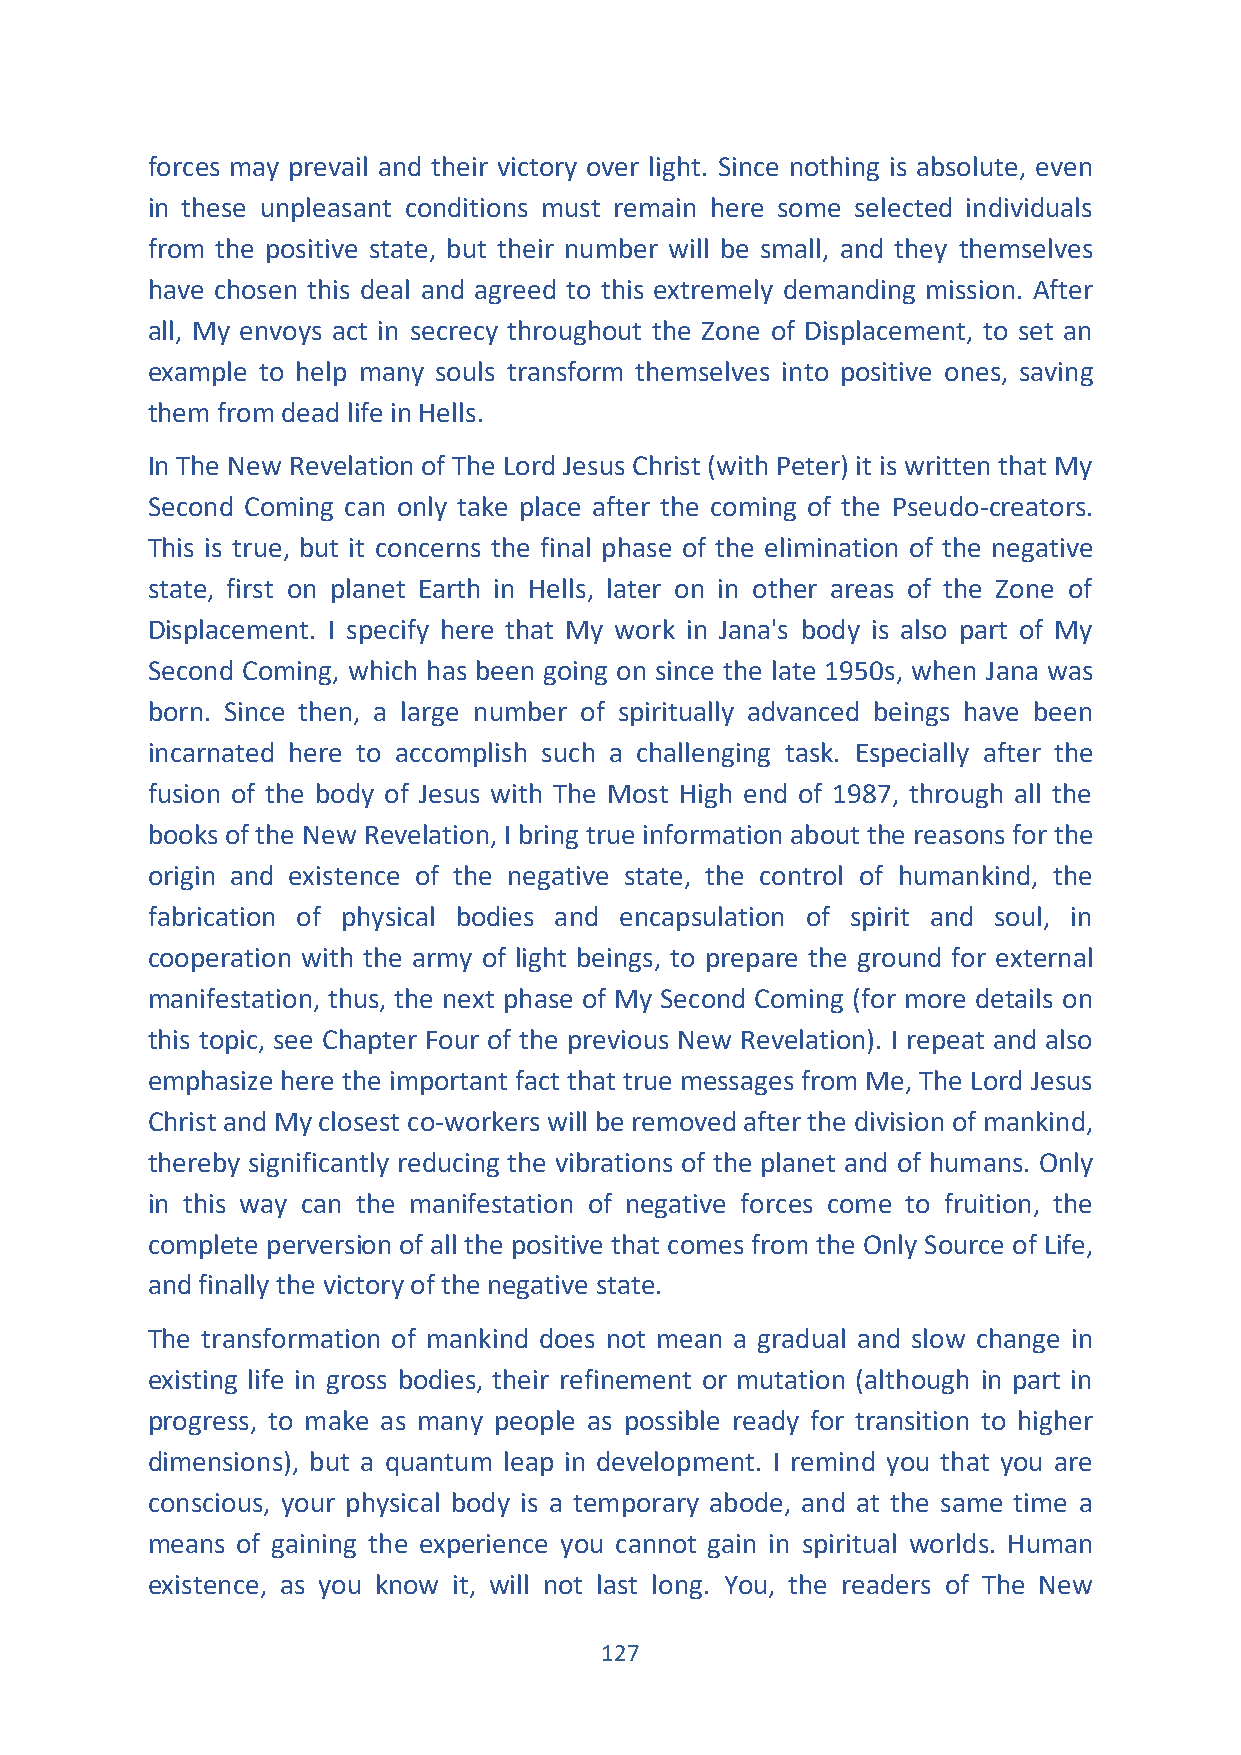
forces may prevail and their victory over light. Since nothing is absolute, even
 in these unpleasant conditions must remain here some selected individuals
 from the positive state, but their number will be small, and they themselves
 have chosen this deal and agreed to this extremely demanding mission. After
 all, My envoys act in secrecy throughout the Zone of Displacement, to set an
 example to help many souls transform themselves into positive ones, saving
 them from dead life in Hells.
 In The New Revelation of The Lord Jesus Christ (with Peter) it is written that My
 Second Coming can only take place after the coming of the Pseudo-creators.
 This is true, but it concerns the final phase of the elimination of the negative
 state, first on planet Earth in Hells, later on in other areas of the Zone of
 Displacement. I specify here that My work in Jana's body is also part of My
 Second Coming, which has been going on since the late 1950s, when Jana was
 born. Since then, a large number of spiritually advanced beings have been
 incarnated here to accomplish such a challenging task. Especially after the
 fusion of the body of Jesus with The Most High end of 1987, through all the
 books of the New Revelation, I bring true information about the reasons for the
 origin and existence of the negative state, the control of humankind, the
 fabrication of physical bodies and encapsulation of spirit and soul, in
 cooperation with the army of light beings, to prepare the ground for external
 manifestation, thus, the next phase of My Second Coming (for more details on
 this topic, see Chapter Four of the previous New Revelation). I repeat and also
 emphasize here the important fact that true messages from Me, The Lord Jesus
 Christ and My closest co-workers will be removed after the division of mankind,
 thereby significantly reducing the vibrations of the planet and of humans. Only
 in this way can the manifestation of negative forces come to fruition, the
 complete perversion of all the positive that comes from the Only Source of Life,
 and finally the victory of the negative state.
 The transformation of mankind does not mean a gradual and slow change in
 existing life in gross bodies, their refinement or mutation (although in part in
 progress, to make as many people as possible ready for transition to higher
 dimensions), but a quantum leap in development. I remind you that you are
 conscious, your physical body is a temporary abode, and at the same time a
 means of gaining the experience you cannot gain in spiritual worlds. Human
 existence, as you know it, will not last long. You, the readers of The New
 127